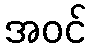
အဝင်